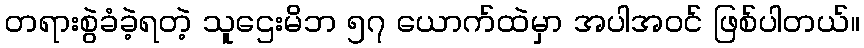
တရားစွဲခံခဲ့ရတဲ့ သူဌေးမိဘ ၅၇ ယောက်ထဲမှာ အပါအဝင် ဖြစ်ပါတယ်။